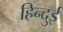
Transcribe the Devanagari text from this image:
हिन्दुई